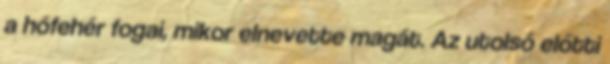
a hófehér fogai, mikor elnevette magát. Az utolsó előtti